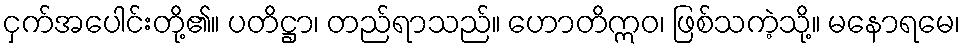
ငှက်အပေါင်းတို့၏။ ပတိဋ္ဌာ၊ တည်ရာသည်။ ဟောတိဣဝ၊ ဖြစ်သကဲ့သို့။ မနောရမေ၊